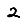
Digit: 2